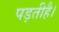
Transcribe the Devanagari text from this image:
पड़तीहै।